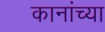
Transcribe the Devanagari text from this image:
कानांच्या